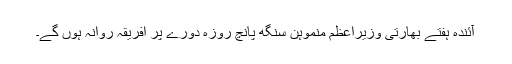
آئندہ ہفتے بھارتی وزیراعظم منموہن سنگھ پانچ روزہ دورے پر افریقہ روانہ ہوں گے۔